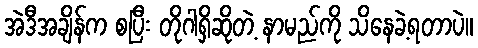
အဲဒီအချိန်က စပြီး တိုဂါရှိဆိုတဲ့ နာမည်ကို သိနေခဲ့ရတာပဲ။